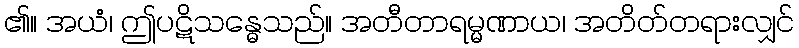
၏။ အယံ၊ ဤပဋိသန္ဓေသည်။ အတီတာရမ္မဏာယ၊ အတိတ်တရားလျှင်